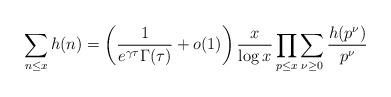
LaTeX: \begin{align*}\sum_{n\leq x}h(n)= \left( \frac{1}{e^{\gamma\tau}\Gamma(\tau)}+o(1)\right) \frac{x}{\log x} \prod_{p\leq x}\sum_{\nu\geq0}\frac{h(p^\nu)}{p^\nu}\end{align*}